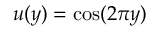
u ( y ) = \cos ( 2 \pi y )